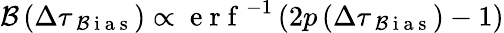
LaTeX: \mathcal{B}\left(\Delta\tau_{\mathrm{{~\mathcal{B}~i~a~s~}}}\right)\propto\mathrm{{~e~r~f~}}^{-1}\left(2p\left(\Delta\tau_{\mathrm{{~\mathcal{B}~i~a~s~}}}\right)-1\right)